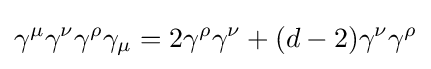
\gamma ^{\mu }\gamma ^{\nu }\gamma ^{\rho }\gamma _{\mu }=2\gamma ^{\rho }\gamma ^{\nu }+(d-2)\gamma ^{\nu }\gamma ^{\rho }